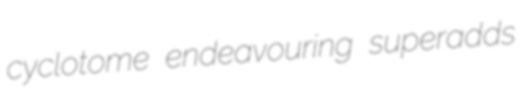
cyclotome endeavouring superadds